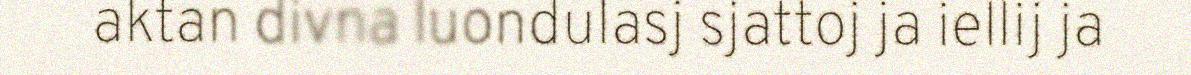
aktan divna luondulasj sjattoj ja iellij ja